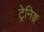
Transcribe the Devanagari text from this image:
ट्रेनिङ्ग